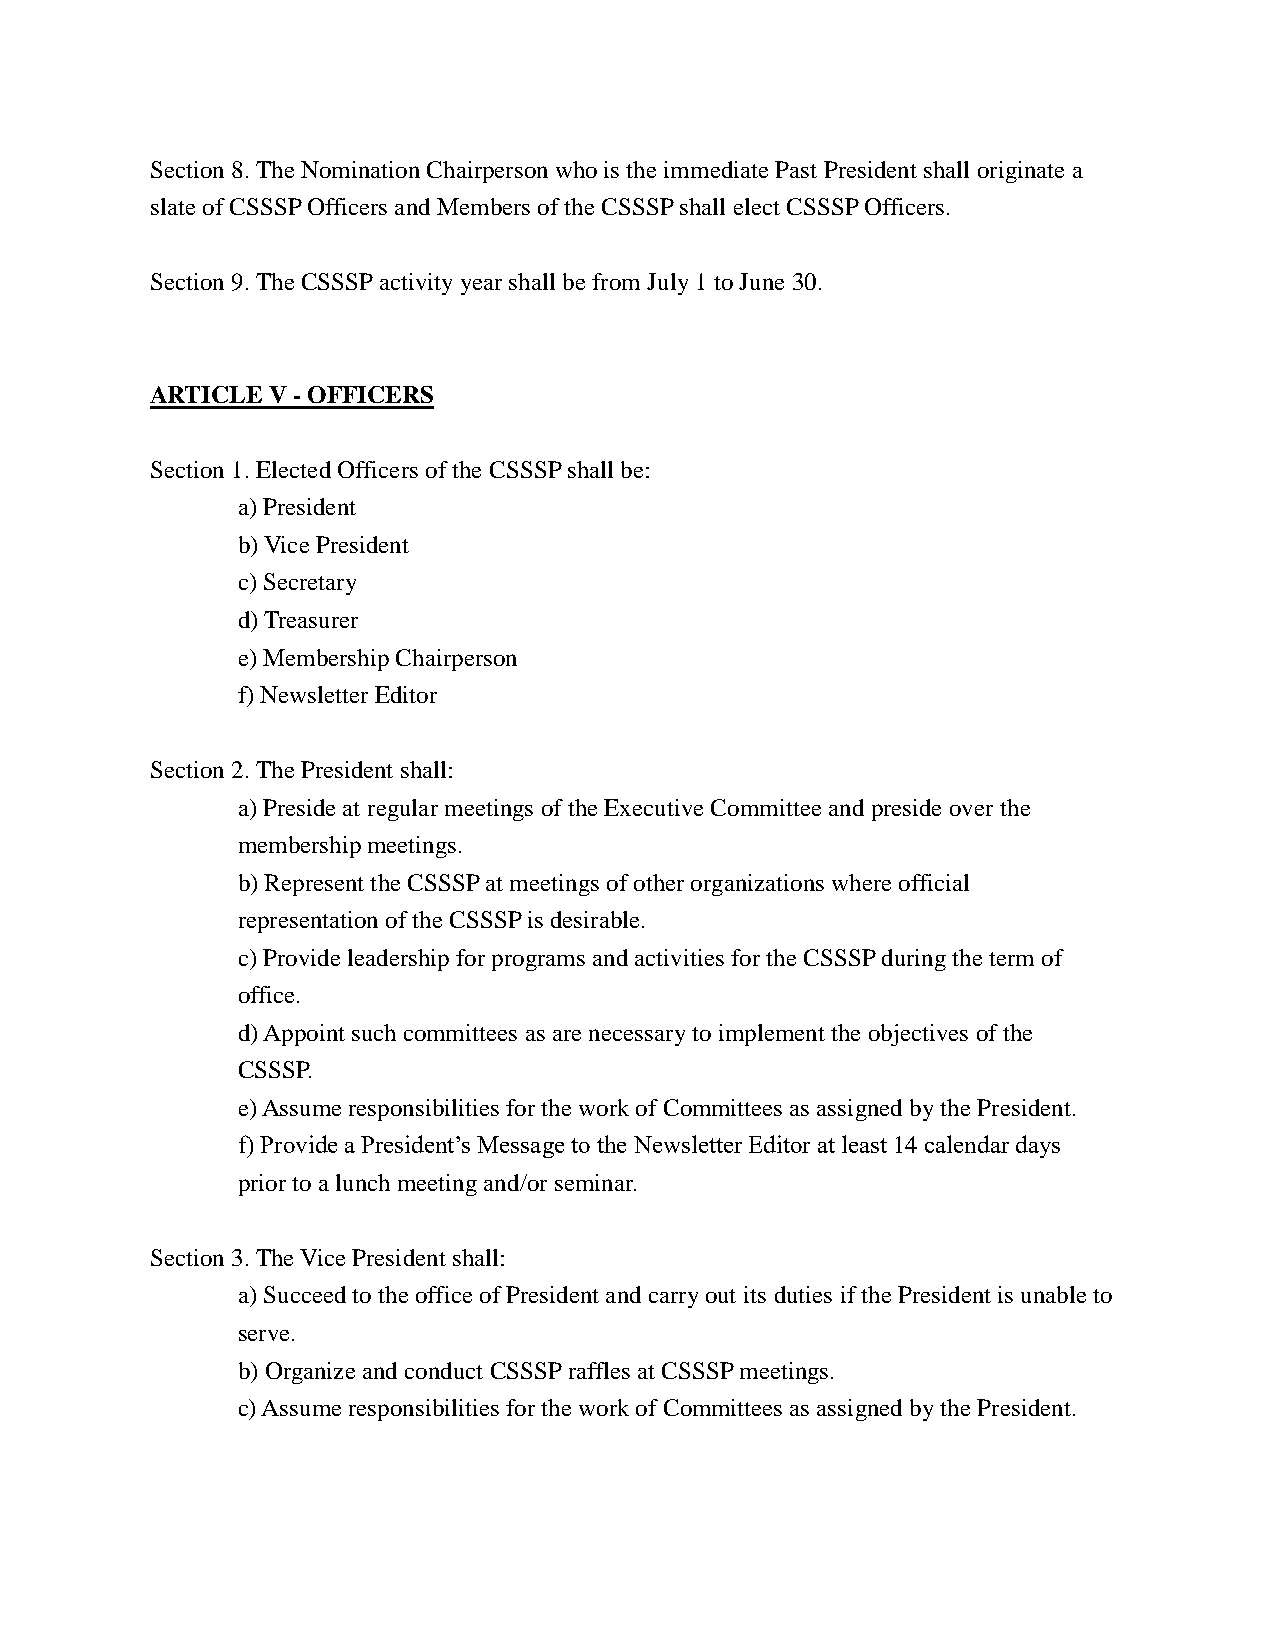
Section 8. The Nomination Chairperson who is the immediate Past President shall originate a
 slate of CSSSP Officers and Members of the CSSSP shall elect CSSSP Officers.
 Section 9. The CSSSP activity year shall be from July 1 to June 30.
 ARTICLE V - OFFICERS
 Section 1. Elected Officers of the CSSSP shall be:
 a) President
 b) Vice President
 c) Secretary
 d) Treasurer
 e) Membership Chairperson
 f) Newsletter Editor
 Section 2. The President shall:
 a) Preside at regular meetings of the Executive Committee and preside over the
 membership meetings.
 b) Represent the CSSSP at meetings of other organizations where official
 representation of the CSSSP is desirable.
 c) Provide leadership for programs and activities for the CSSSP during the term of
 office.
 d) Appoint such committees as are necessary to implement the objectives of the
 CSSSP.
 e) Assume responsibilities for the work of Committees as assigned by the President.
 f) Provide a President’s Message to the Newsletter Editor at least 14 calendar days
 prior to a lunch meeting and/or seminar.
 Section 3. The Vice President shall:
 a) Succeed to the office of President and carry out its duties if the President is unable to
 serve.
 b) Organize and conduct CSSSP raffles at CSSSP meetings.
 c) Assume responsibilities for the work of Committees as assigned by the President.